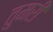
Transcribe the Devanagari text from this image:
तुमरी